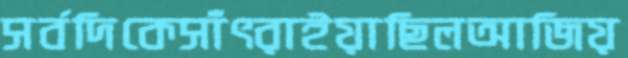
সর্বদিকেসাঁৎরাইয়াছিলআজিয়